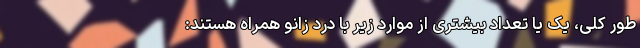
طور کلی، یک یا تعداد بیشتری از موارد زیر با درد زانو همراه هستند: